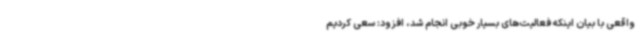
واقعی با بیان اینکه فعالیت‌های بسیار خوبی انجام شد، افزود: سعی کردیم